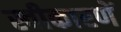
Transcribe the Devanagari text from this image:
स्वीकारणें